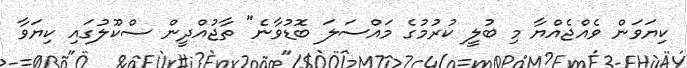
ކިޔަވަން ވެއްޖެއްޔާ މި ބުލީ ކުރުމުގެ މައްސަލަ ބޮޑުވާނެ" ތާޖުއްދީން ސްކޫލުގައި ކިޔަވާ